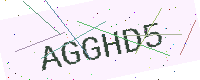
Text: AGGHD5